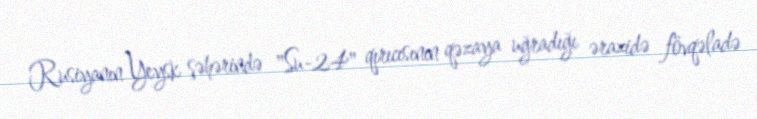
Rusiyanın Yeysk şəhərində "Su-24" qırıcısının qəzaya uğradığı ərazidə fövqəladə